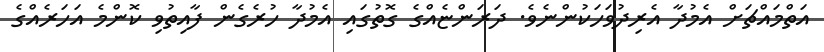
އަތްމައްޗަށް އެމުދާ އެރިދުވަހަކުންނެވެ. ދަރަންޏެއްގެ ގޮތުގައި އެމުދާ ހުރެގެން ފާއިތުވި ކޮންމެ އަހަރެއްގެ